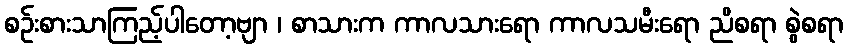
စဉ်းစားသာကြည့်ပါတော့ဗျာ ၊ စာသားက ကာလသားရော ကာလသမီးရော ညိစရာ စွဲစရာ